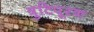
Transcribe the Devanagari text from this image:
त्रुटिपूरक